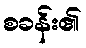
စခန်း၏